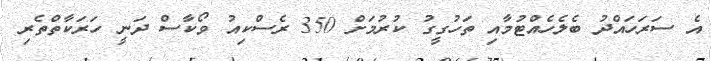
އެ ސަރަހައްދު ބެލެހެއްޓުމާއި ތަހުގީގު ކުރުމަށް 350 ރެސްކިއު ވޯކާސް ދަނީ ހަރަކާތްތެރި